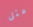
مثل